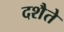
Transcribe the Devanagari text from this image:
दशैते